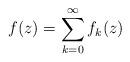
LaTeX: \begin{align*}f(z)=\sum_{k=0}^\infty f_k(z)\end{align*}